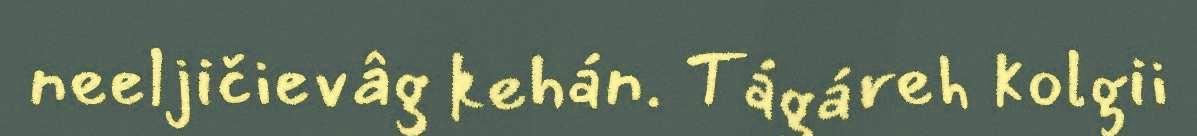
neeljičievâg kehán. Tágáreh kolgii